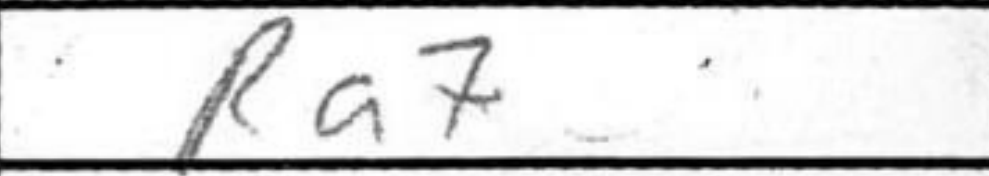
Transcription: Ra7